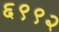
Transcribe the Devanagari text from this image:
६९९२